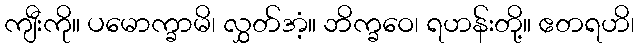
ကျီးကို။ ပမောက္ခာမိ၊ လွှတ်အံ့။ ဘိက္ခဝေ၊ ရဟန်းတို့။ ဧတရဟိ၊